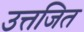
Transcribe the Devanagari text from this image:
उत्तजित